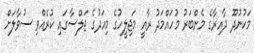
މަކުނުދޫ ދާއިރާގެ މެންބަރު މުހައްމަދު ރާއީ މަޖިލީހުގެ މިއަދުގެ ޖަލްސާގައި ކުރެއްވި ސުވާލަށް